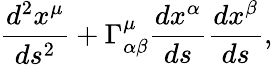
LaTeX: \frac{d^{2}x^{\mu}}{ds^{2}}+\Gamma_{\alpha\beta}^{\mu}\frac{dx^{\alpha}}{ds}\frac{dx^{\beta}}{ds},